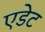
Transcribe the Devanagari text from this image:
एडेट